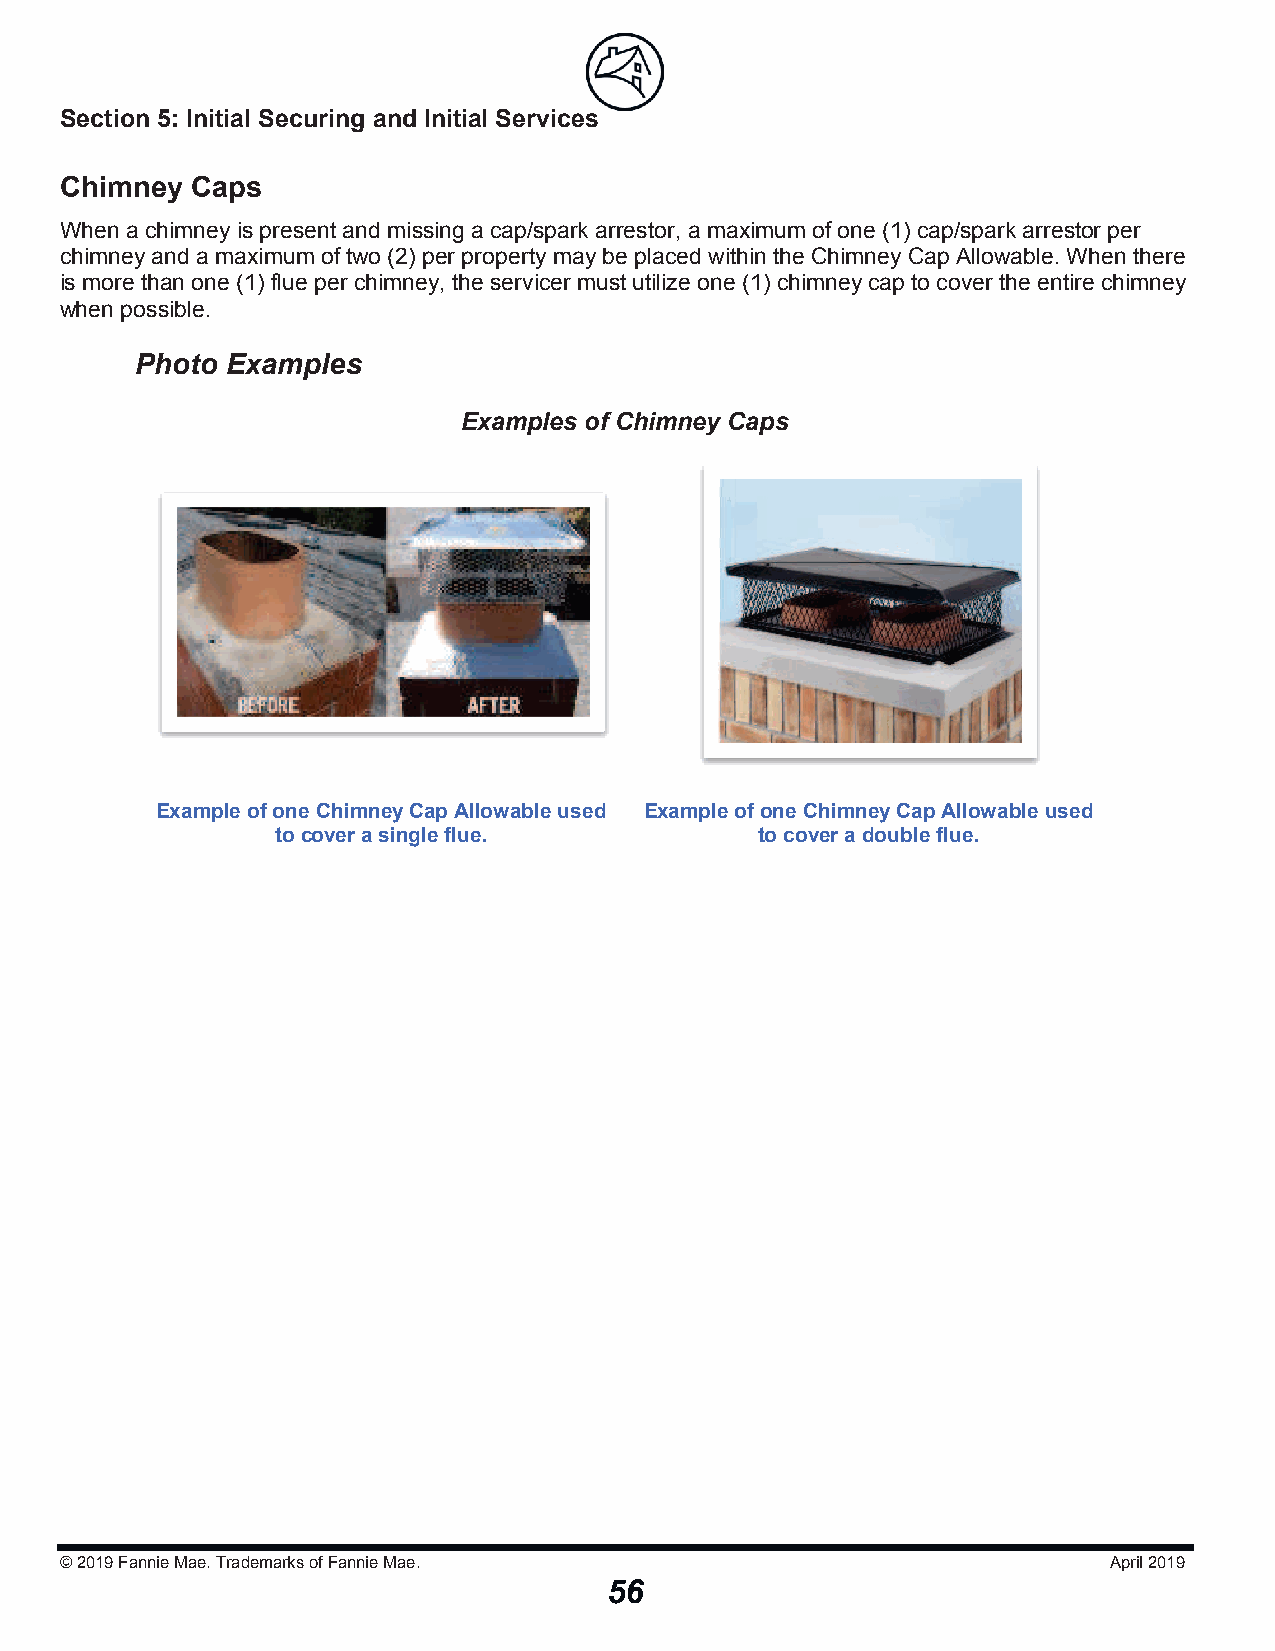
Section 5: Initial Securing and Initial Serviicceess
 Chimney  Caps
 When a chimney is present and missing a cap/spark arrestor, a maximum of one (1) cap/spark arrestor per
 chimney and a maximum of two (2) per property may be placed within the Chimney Cap Allowable. When there
 is more than one (1) flue per chimney, the servicer must utilize one (1) chimney cap to cover the entire chimney
 when possible.
 Photo Examples
 Examples of Chimney Caps
 Example of one Chimney Cap Allowable used Example of one Chimney Cap Allowable used
 to cover a single flue.         to cover a doubleflue.
 © 2019Fannie Mae. Trademarks of Fannie Mae.                          April 2019
 56